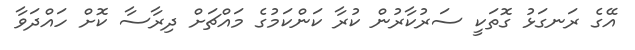
އޭގެ ރަނގަޅު ގޮތަކީ ސަރުކާރުން ކުރާ ކަންކަމުގެ މައްޗަށް ދިރާސާ ކޮށް ހައްދަވާ